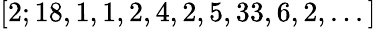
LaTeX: [2;18,1,1,2,4,2,5,33,6,2,...]